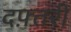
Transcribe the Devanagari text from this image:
दफ़्तरी